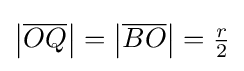
\left|{\overline {OQ}}\right|=\left|{\overline {BO}}\right|={\tfrac {r}{2}}